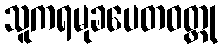
သူကရမုခပေတဝတ္ထု